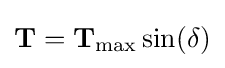
\mathbf {T} =\mathbf {T} _{\text{max}}\sin(\delta )